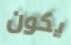
يكون